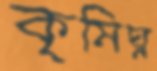
কৃমিঘ্ন